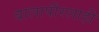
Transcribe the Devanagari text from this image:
बालापीरलाही